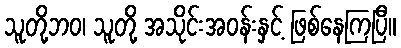
သူတို့ဘဝ၊ သူတို့ အသိုင်းအဝန်းနှင့် ဖြစ်နေကြပြီ။